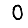
Digit: 0